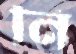
নি